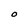
Character: O